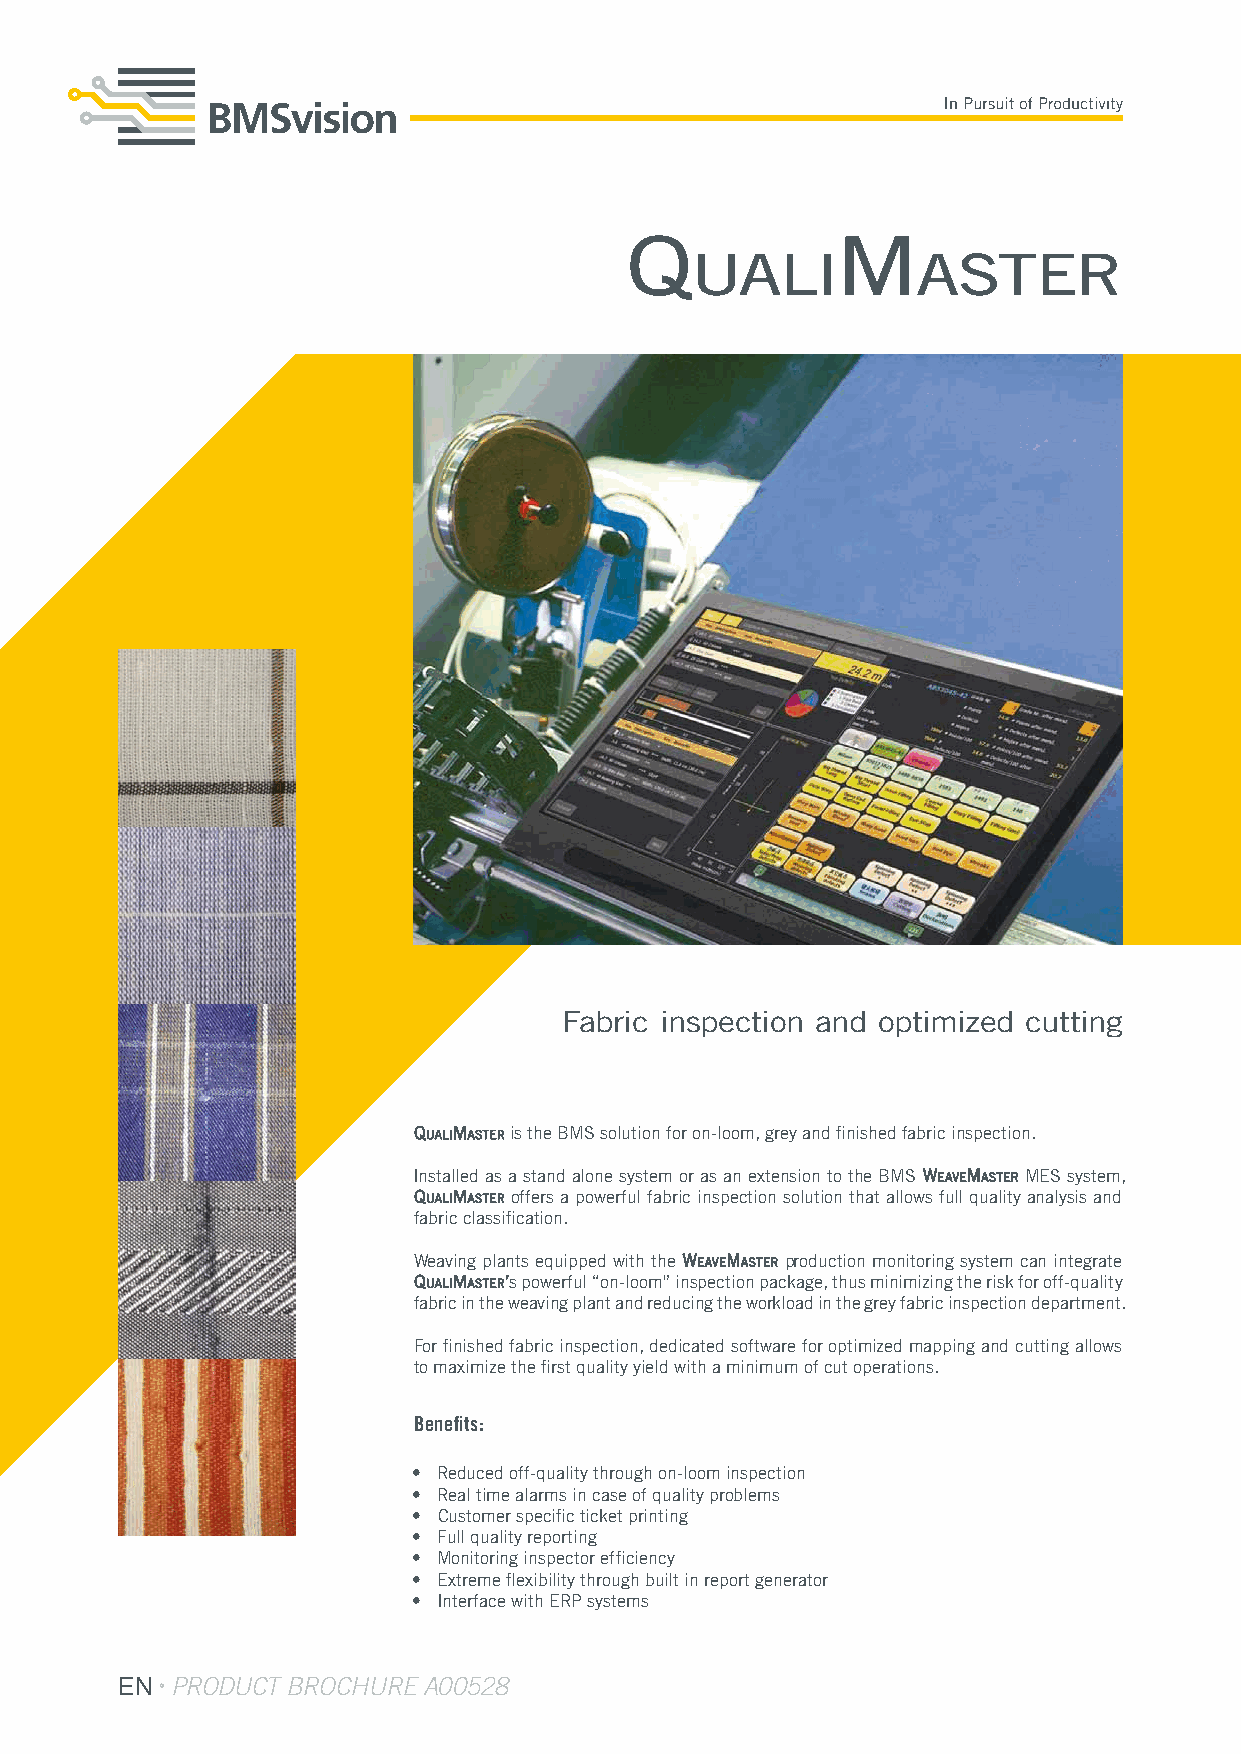
Q             M
 uali           aster
 Fabric inspection and optimized cutting
 QualiMaster is the BMS solution for on-loom, grey and finished fabric inspection.
 Installed as a stand alone system or as an extension to the BMS WeaveMaster MES system,
 QualiMaster offers a powerful fabric inspection solution that allows full quality analysis and
 fabric classification.
 Weaving plants equipped with the WeaveMaster production monitoring system can integrate
 QualiMaster’s powerful “on-loom” inspection package, thus minimizing the risk for off-quality
 fabric in the weaving plant and reducing the workload in the grey fabric inspection department.
 For finished fabric inspection, dedicated software for optimized mapping and cutting allows
 to maximize the first quality yield with a minimum of cut operations.
 Benefits:
 • Reduced off-quality through on-loom inspection
 • Real time alarms in case of quality problems
 • Customer specific ticket printing
 • Full quality reporting
 • Monitoring inspector efficiency
 • Extreme flexibility through built in report generator
 • Interface with ERP systems
 EN product brochure A00528